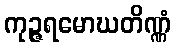
ကုဉ္ဇရမောဃတိဏ္ဏံ